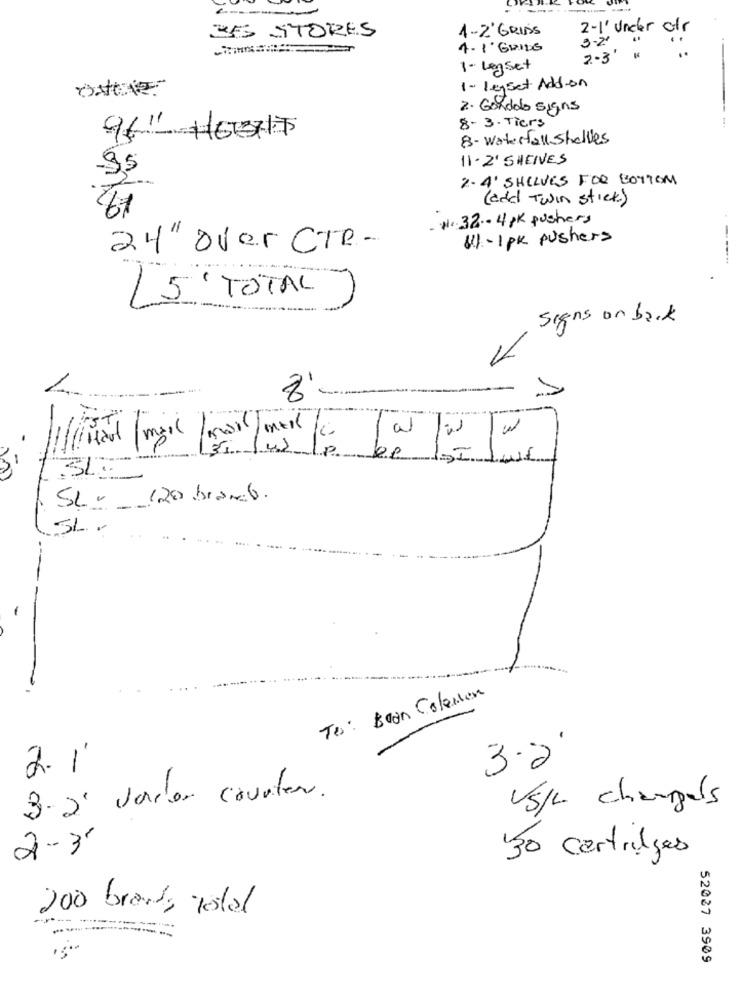
1-2'GRIDS
2-1' Under
35 STORES
3 -2'
4 .1. GRILL
203'
1- Leset
1 - Leyset Add-on
2. Gondol signs
8 . 3. Tiers
96- 716377
8- Waterfall Shalles
11.2' SHEIVES
95
2.4' SHELVES FOR BOTTOM
(and Twin stick)
61
N. 32- 4 pk pushers
11 - 1 pk pushers
24" over CTR-
-----
15' TOTAL
signs on back
--
-
-
8'
2
-
-
SL= 120 brand.
SL ..
-
Tes: Boon Colecion
3.2
2.1'
3- 2' vores counter.
US/L changels
2 -3'
30 cartridges
200 brands total
52027 3909